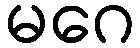
မဂေ